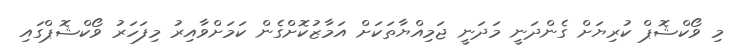
މި ވޯކްޝޮޕް ކުރިޔަށް ގެންދަނީ މަދަނީ ޖަމިއްޔާތަކަށް އަމާޒުކޮށްގެން ކަމަށްވާއިރު މިފަހަރު ވޯކްޝޮޕްގައި